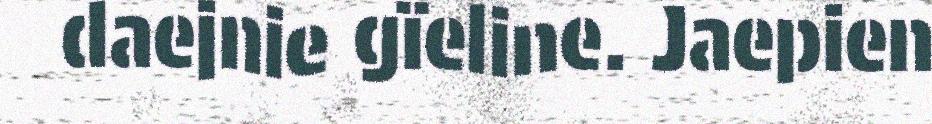
daejnie gïeline. Jaepien